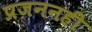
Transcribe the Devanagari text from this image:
प्रजननही